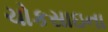
ચોકસાઇના